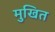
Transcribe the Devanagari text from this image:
मुखित